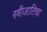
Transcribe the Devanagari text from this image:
स्त्रीजातिचा